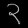
Digit: ၃